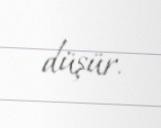
düşür.